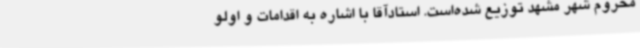
محروم شهر مشهد توزیع شده‌است. استادآقا با اشاره به اقدامات و اولو